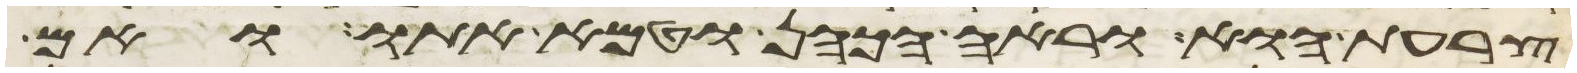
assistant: צרעת הוא וראה הכהן וטמא אתו ואם